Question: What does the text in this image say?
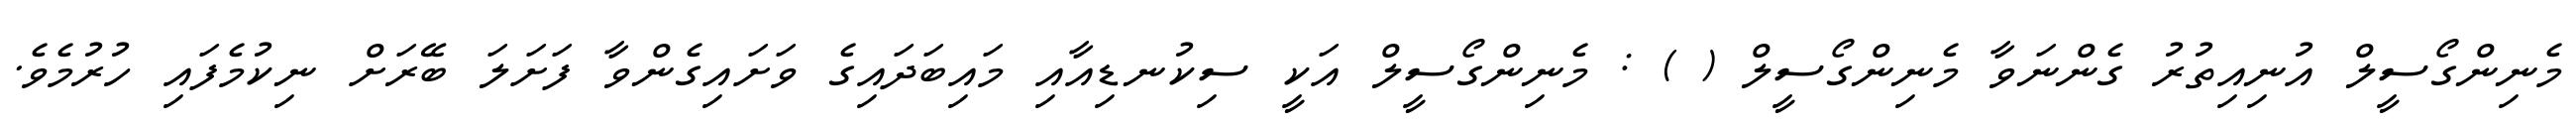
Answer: މެނިންގޯސީލް އުނިއިތުރު ގެންނަވާ މެނިންގޯސީލް ( ) : މެނިންގޯސީލް އަކީ ސިކުނޑިއާއި މައިބަދައިގެ ވަށައިގެންވާ ފަށަލަ ބޭރަށް ނިކުމެފައި ހުރުމެވެ.